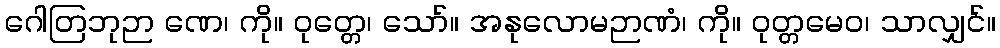
ဂေါတြဘုဉာ ဏေ၊ ကို။ ဝုတ္တေ၊ သော်။ အနုလောမဉာဏံ၊ ကို။ ဝုတ္တမေဝ၊ သာလျှင်။